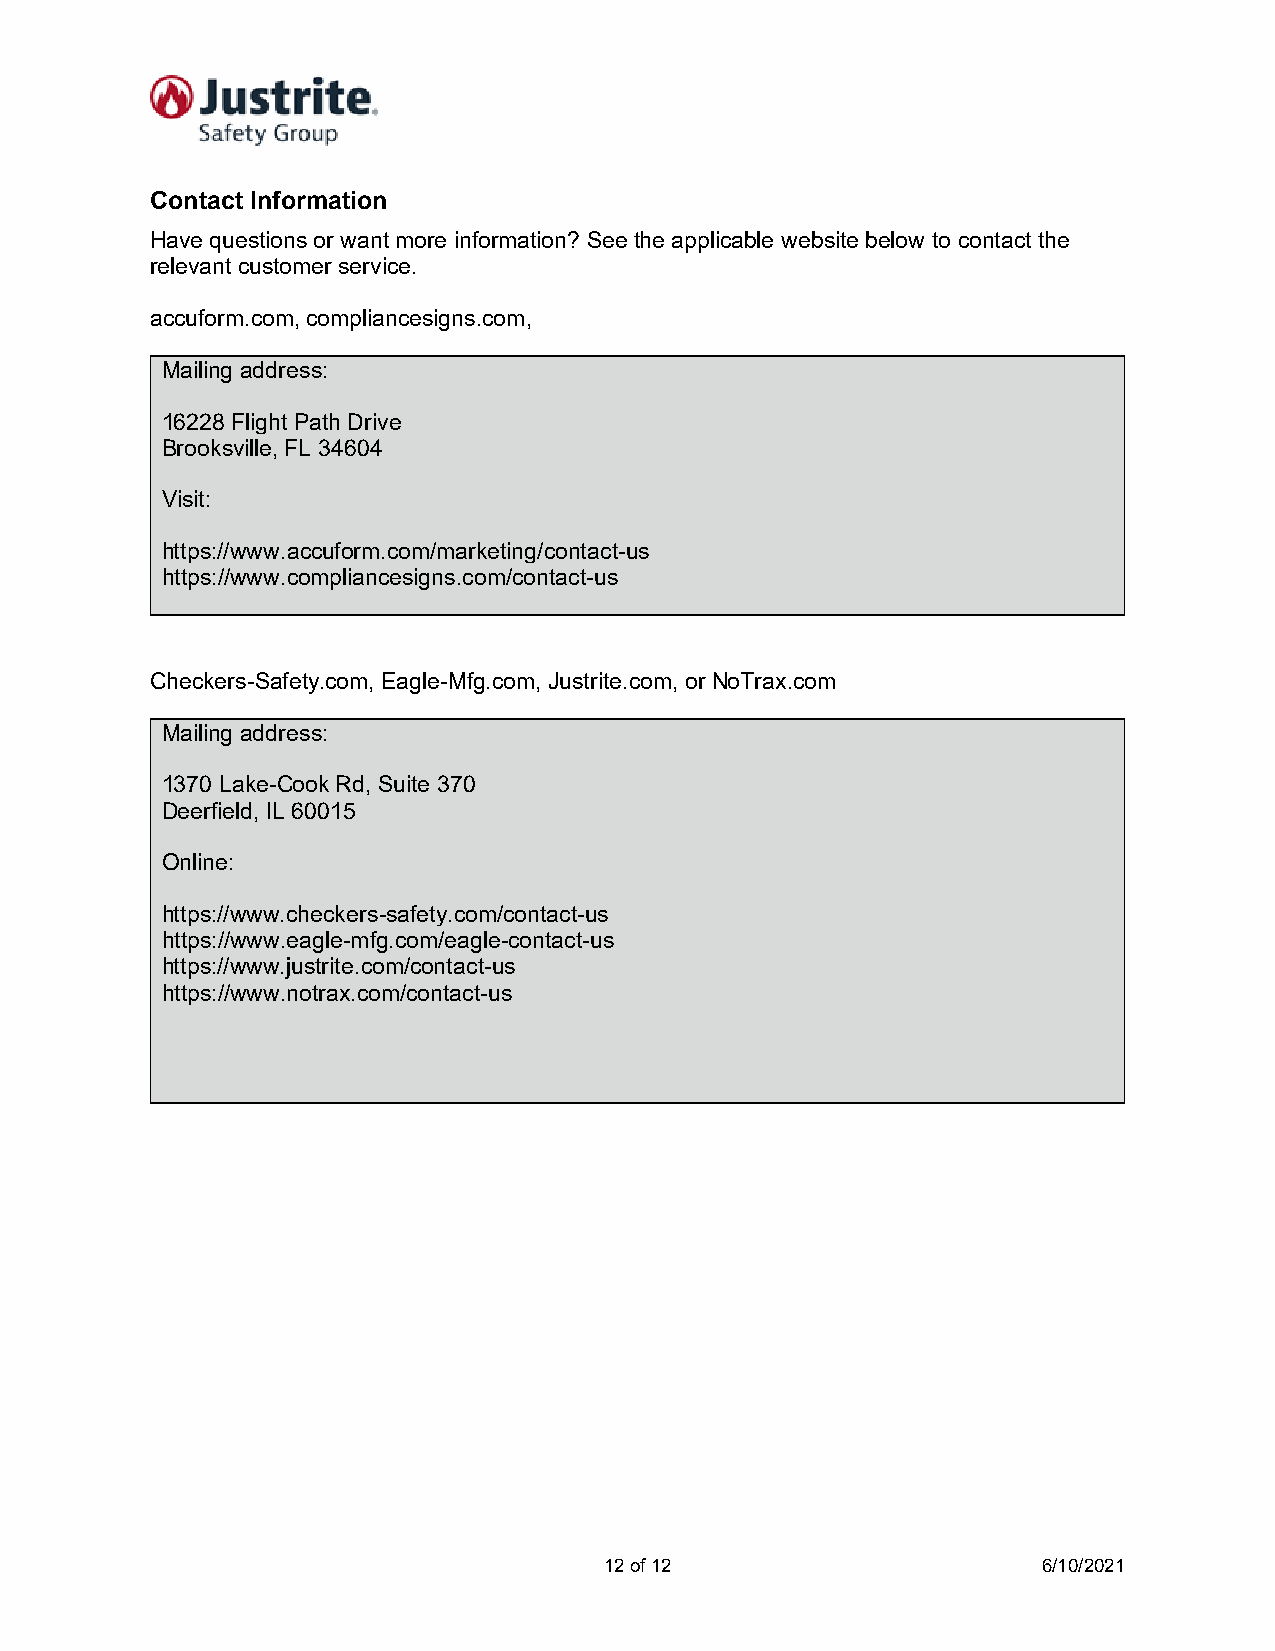
Contact Information
 Have questions or want more information? See the applicable website below to contact the
 relevant customer service.
 accuform.com, compliancesigns.com,
 Mailing address:
 16228 Flight Path Drive
 Brooksville, FL 34604
 Visit:
 https://www.accuform.com/marketing/contact-us
 https://www.compliancesigns.com/contact-us
 Checkers-Safety.com, Eagle-Mfg.com, Justrite.com, or NoTrax.com
 Mailing address:
 1370 Lake-Cook Rd, Suite 370
 Deerfield, IL 60015
 Online:
 https://www.checkers-safety.com/contact-us
 https://www.eagle-mfg.com/eagle-contact-us
 https://www.justrite.com/contact-us
 https://www.notrax.com/contact-us
 12 of 12                     6/10/2021